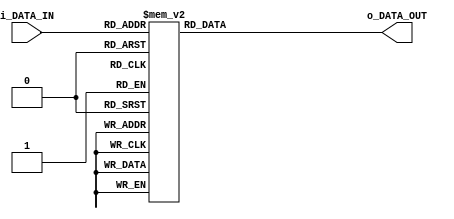
//7 segment display driver. Displays 4-bit number on a 7-segment
module SEVEN_SEGMENT (
	i_DATA_IN,
	o_DATA_OUT
);

input [3:0] i_DATA_IN;
output [6:0] o_DATA_OUT;
//initialize the bcd signal as registers as well rather than declaring another temp variable
reg [6:0] o_DATA_OUT;


//I personally think using blocking assignment here is the correct choice since 
//I want to produce combinational logic
always @ (i_DATA_IN) begin
	//6543210
	case (i_DATA_IN)
		4'b0000	: o_DATA_OUT = 7'b0111111; //0
		4'b0001	: o_DATA_OUT = 7'b0000110; //1
		4'b0010	: o_DATA_OUT = 7'b1011011; //2
		4'b0011	: o_DATA_OUT = 7'b1001111; //3
		4'b0100	: o_DATA_OUT = 7'b1100110; //4 
		4'b0101	: o_DATA_OUT = 7'b1101101; //5
		4'b0110	: o_DATA_OUT = 7'b1111101; //6
		4'b0111	: o_DATA_OUT = 7'b0000111; //7
		4'b1000	: o_DATA_OUT = 7'b1111111; //8
		4'b1001	: o_DATA_OUT = 7'b1101111; //9
		4'b1010	: o_DATA_OUT = 7'b1110111; //10 - A
		4'b1011	: o_DATA_OUT = 7'b1111100; //11 - b
		4'b1100	: o_DATA_OUT = 7'b1011000; //12 - c
		4'b1101	: o_DATA_OUT = 7'b1011110; //13 - d
		4'b1110	: o_DATA_OUT = 7'b1111001; //14 - E
		4'b1111	: o_DATA_OUT = 7'b1110001; //15 - F
		default  : o_DATA_OUT = 7'b0000000; //when others
	endcase

end

endmodule